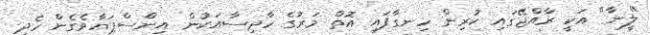
"ލީނާ" އަކީ ރާއްޖޭގައި ކުރިން ހިނގާފައި އޮތް މަރުގެ ހާދިސާއަކުން އިންސްޕަޔާވެގެން ހެދި